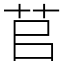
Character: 苢